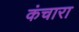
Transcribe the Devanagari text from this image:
कंचारा